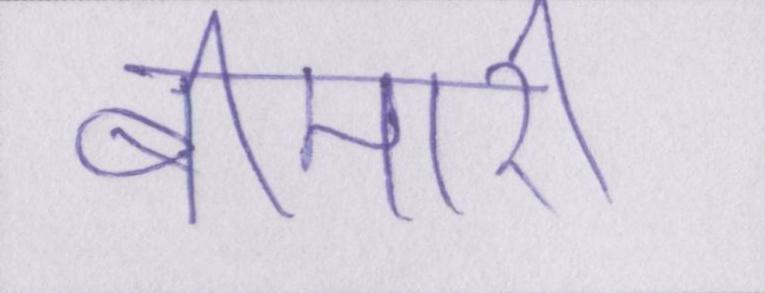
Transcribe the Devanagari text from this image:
बीमारी